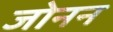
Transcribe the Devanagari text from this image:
जोनन